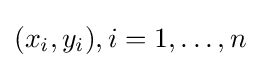
(x_{i},y_{i}),i=1,\ldots ,n